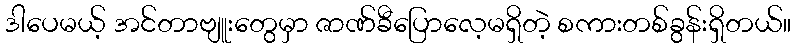
ဒါပေမယ့် အင်တာဗျူးတွေမှာ ဇာဏ်ခီပြောလေ့မရှိတဲ့ စကားတစ်ခွန်းရှိတယ်။